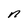
Character: n